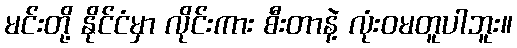
မင်းတို့ နိုင်ငံမှာ လိုင်းကား စီးတာနဲ့ လုံးဝမတူပါဘူး။